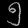
Digit: ၅